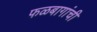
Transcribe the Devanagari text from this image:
फळबागांची